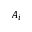
A _ { i }